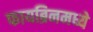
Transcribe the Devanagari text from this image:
फायब्रिनमध्ये